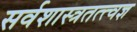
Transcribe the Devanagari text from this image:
सर्वशास्त्रतत्त्वज्ञ